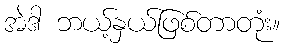
အဲဒါ ဘယ့်နှယ်ဖြစ်တာတုံး။